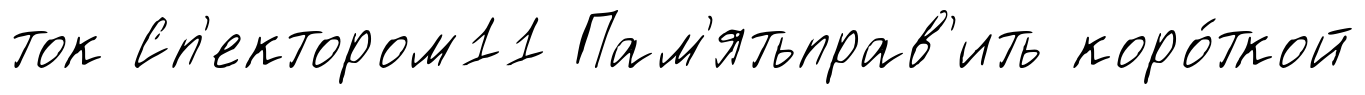
ток Сп'ектором11 Пам'ятьправ'ить коро́ткой